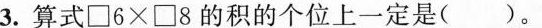
3.算式\Box 6×\Box 8的积的个位上一定是()。